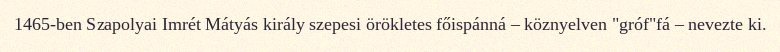
1465-ben Szapolyai Imrét Mátyás király szepesi örökletes főispánná – köznyelven "gróf"fá – nevezte ki.